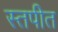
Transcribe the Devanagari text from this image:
स्तपीत